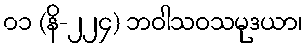
၀၁ (နိ-၂၂၄) ဘဝါသဝသမုဒယာ၊